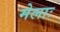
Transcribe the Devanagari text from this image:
मेलाः